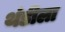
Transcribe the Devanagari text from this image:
थंडीला